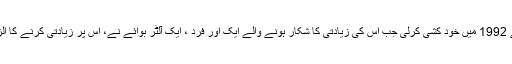
’’اس نے 1992 میں خود کشی کرلی جب اس کی زیادتی کا شکار ہونے والے ایک اور فرد ، ایک آلٹر بوائے نے، اس پر زیادتی کرنے کا الزام لگایا۔